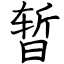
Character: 暂